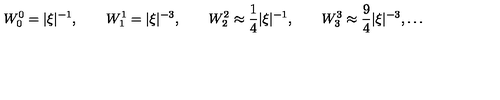
W _ { 0 } ^ { 0 } = | \xi | ^ { - 1 } , \qquad W _ { 1 } ^ { 1 } = | \xi | ^ { - 3 } , \qquad W _ { 2 } ^ { 2 } \approx \frac 1 4 | \xi | ^ { - 1 } , \qquad W _ { 3 } ^ { 3 } \approx \frac 9 4 | \xi | ^ { - 3 } , \ldots